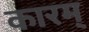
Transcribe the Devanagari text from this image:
कारम्